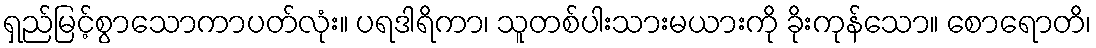
ရှည်မြင့်စွာသောကာပတ်လုံး။ ပရဒါရိကာ၊ သူတစ်ပါးသားမယားကို ခိုးကုန်သော။ စောရောတိ၊